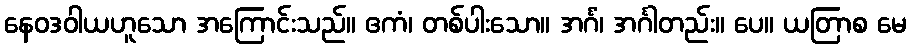
နေဝဒဝါယဟူသော အကြောင်းသည်။ ဧကံ၊ တစ်ပါးသော။ အင်္ဂံ၊ အင်္ဂါတည်း။ ပေ။ ယတြာစ မေ